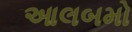
આલબમો